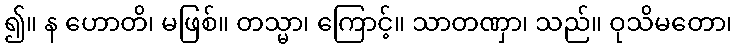
၍။ န ဟောတိ၊ မဖြစ်။ တသ္မာ၊ ကြောင့်။ သာတဏှာ၊ သည်။ ဝုသိမတော၊